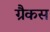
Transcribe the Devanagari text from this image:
ग्रैकस